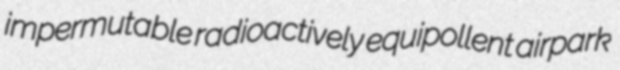
impermutable radioactively equipollent airpark